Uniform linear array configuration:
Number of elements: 64
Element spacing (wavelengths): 0.5
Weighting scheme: hann
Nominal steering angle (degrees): -60
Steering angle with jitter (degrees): -60.487
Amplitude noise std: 0.05
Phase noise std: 0.05

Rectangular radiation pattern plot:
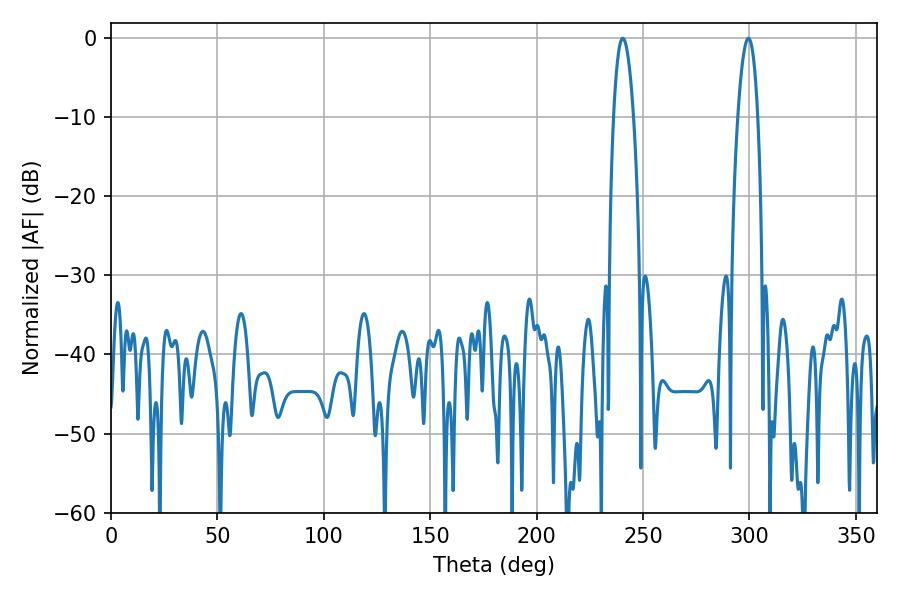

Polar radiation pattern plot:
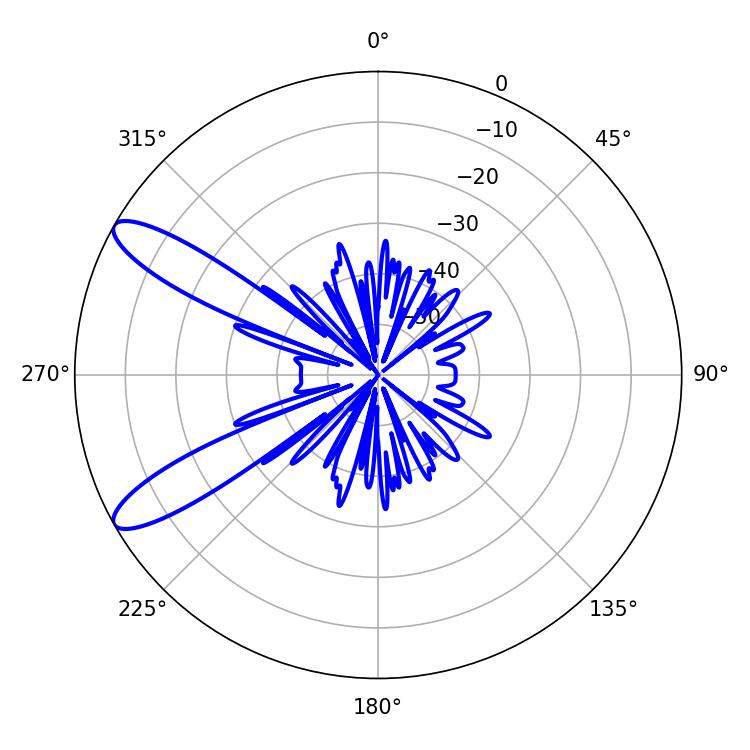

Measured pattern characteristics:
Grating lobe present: FALSE
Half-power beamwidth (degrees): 5.22
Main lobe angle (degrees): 240.48